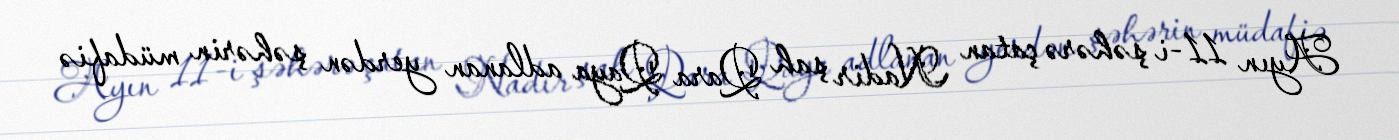
Ayın 11-i şəhərə çatan Nadir şah Qara Qaya adlanan yerdən şəhərin müdafiə